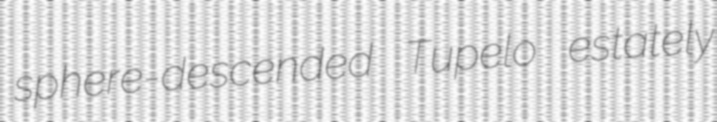
sphere-descended Tupelo estately